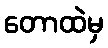
တောထဲမှ